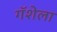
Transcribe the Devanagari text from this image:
गॅशेला